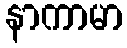
နာကာမာ